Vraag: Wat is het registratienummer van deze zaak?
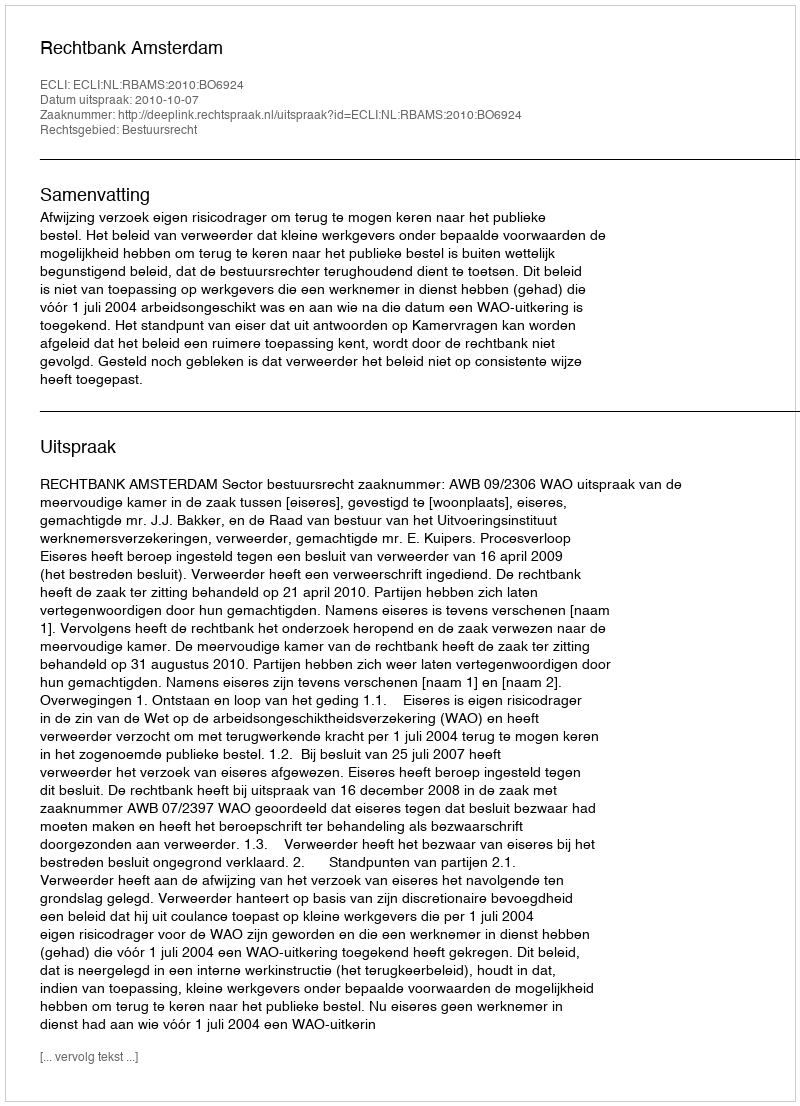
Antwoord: http://deeplink.rechtspraak.nl/uitspraak?id=ECLI:NL:RBAMS:2010:BO6924